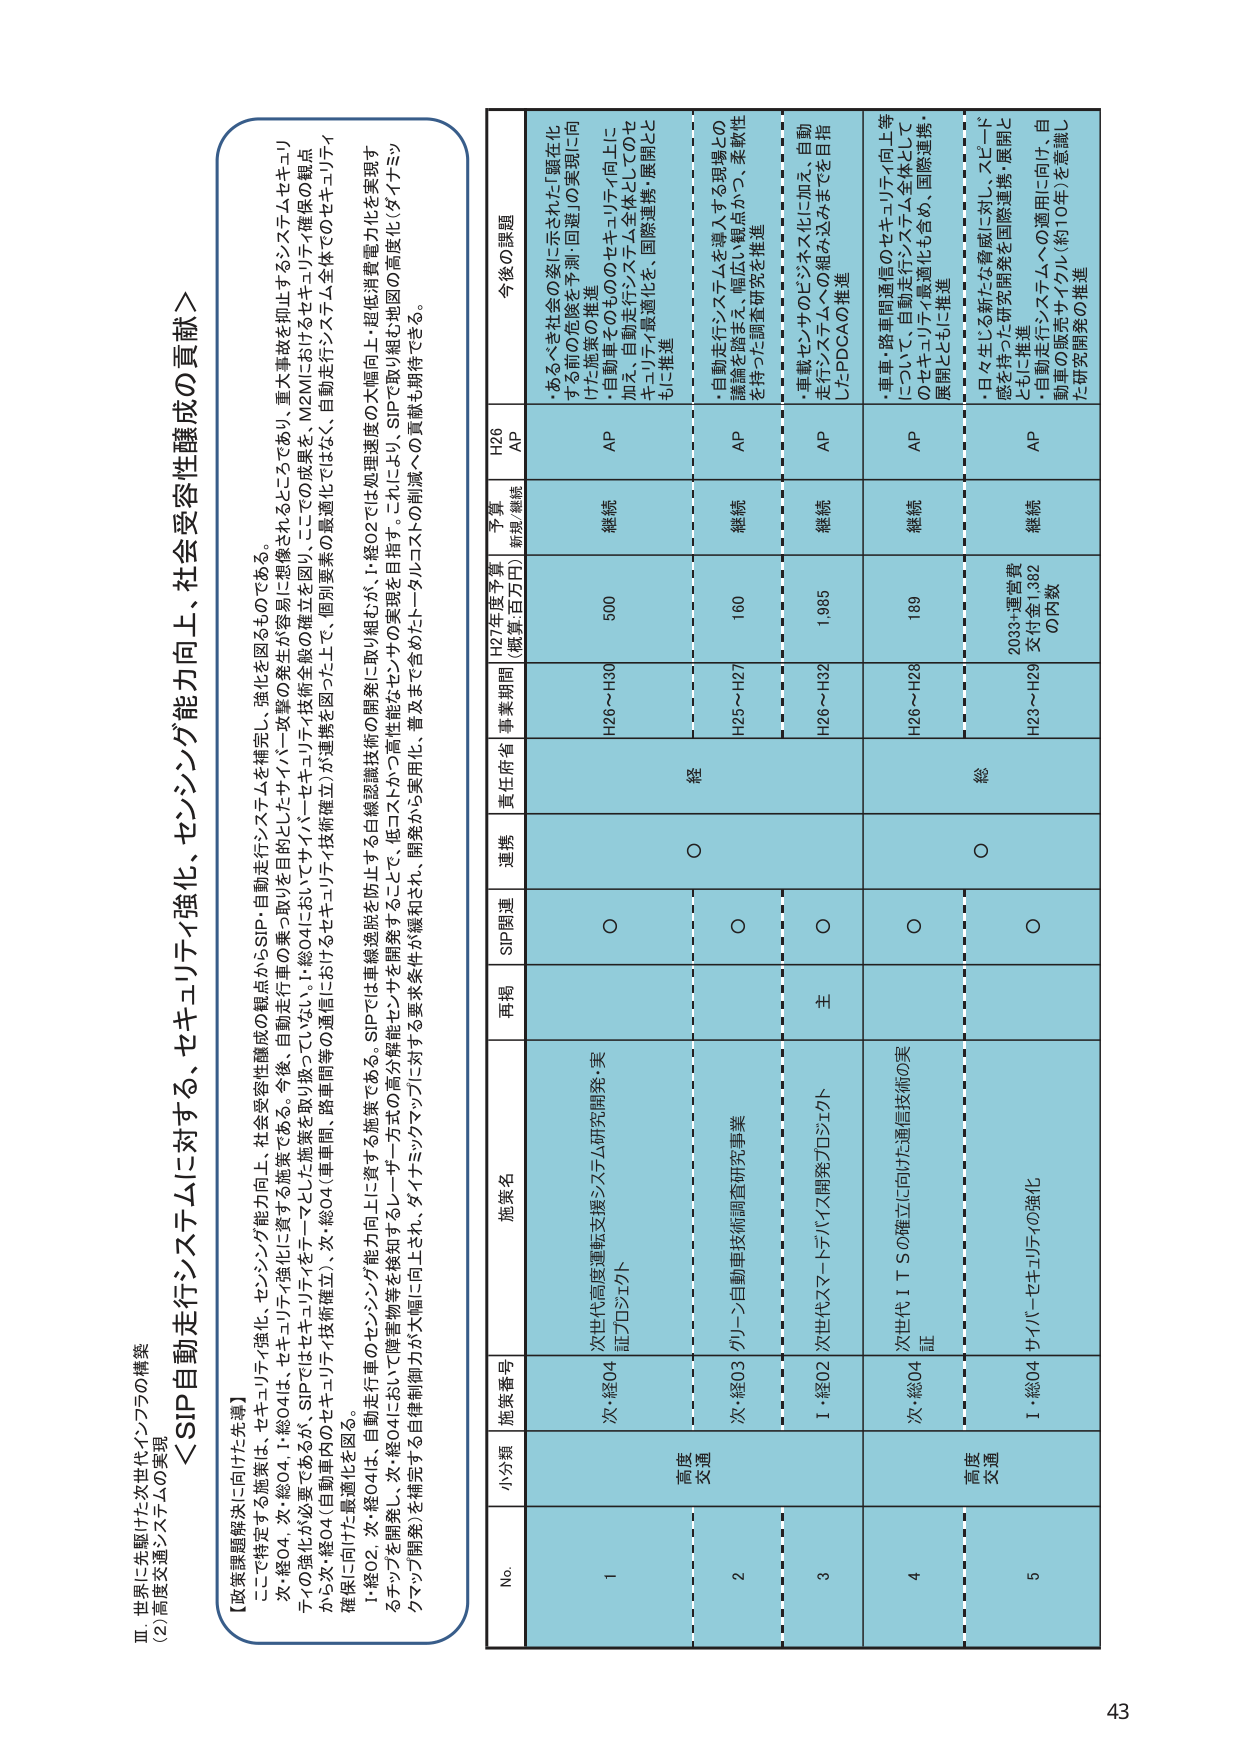
Ⅲ 世界に先駆けた次世代インフラの構築
(2) 高度交通システムの実現

＜SIP自動走行システムに対する、セキュリティ強化、センシング能力向上、社会受容性醸成の貢献＞

【政策課題解決に向けた先導】
ここでは、セキュリティ強化、センシング能力向上、社会受容性醸成の観点からSIP・自動走行システムを補完し、強化を図るものである。
次・総04、次・総04、1・総04は、セキュリティ強化に資する施策である。今後、自動走行車の実現に向けたサイバー攻撃の発生が容易に想像されるところであり、重大事故が抑止するシステムやセキュリティの強化が必要であるが、SIPではセキュリティをテーマとした施策を取り扱っていない。1・総04においてサイバーセキュリティ技術全般の確立を図り、ここでの成果を「N2Mにおけるセキュリティ確保の観点から次・総04（自動車内でのセキュリティ技術確立）、次・総04（車車間、路車間等の通信におけるセキュリティ技術確立）が連携を図った上で、個別要素の最適化ではなく、自動走行システム全体でのセキュリティ確保に向けた最適化を図る。

1・総02、次・総04は、自動走行車のセンシング能力向上に資する施策である。SIPでは車線逸脱を防止する白線認識技術の開発に取り組むが、1・総02では処理速度の大幅向上・超低消費電力化を実現するチップを開発し、次・総04において障害物等を検知するレーザー方式の高分解能センサを開発することで、低コストかつ高性能なセンサの実現を目指す。これにより、SIPで取り組む地図の高度化（ダイナミックマップ開発）を補完する自律制御能力が大幅に向上され、ダイナミックマップに対する要求条件が緩和され、開発から実用化、普及までを含めたトータルコロスへの貢献も期待できる。

No. 小分類 施策番号 施策名 再掲 SIP関連 連携 責任府省 事業期間 H27年度予算 (概算・百万円) 予算 新規/継続 H26 AP 今後の課題

1 高度交通 次・総04 次世代高度運転支援システム研究開発・実証プロジェクト ○ ○ 経 H26～H30 500 継続 AP ・あるべき社会の姿に示された「顕在化する前の危険を予測・回避」の実現に向けた施策の推進
・自動車・その他のセキュリティ向上に加え、自動走行システム全体としてのセキュリティ最適化を、国際連携・展開とともに推進

2 次・総03 グリーン自動車技術調査研究事業 ○ ○ H25～H27 160 継続 AP ・自動走行システムを導入する現場との議論を踏まえ、幅広い観点から、柔軟性を持った調査研究を推進

3 1・総02 次世代スマートデバイス開発プロジェクト 主 ○ ○ H26～H32 1,985 継続 AP ・車載センサやOLEジネス化に加え、自動走行システムへの組み込みまでを目指したPDCAの推進

4 次・総04 次世代ＩＴＳの確立に向けた通信技術の実証 ○ ○ 総 H26～H28 189 継続 AP ・車車・路車間通信のセキュリティ向上等について、自動走行システム全体としてのセキュリティ最適化も含め、国際連携・展開とともに推進

5 高度交通 1・総04 サイバーセキュリティの強化 ○ ○ H23～H29 2033*運営費 支付金1,392 の内数 継続 AP ・日々生じる新たな脅威に対し、スピード感を持った研究開発を国際連携・展開とともに推進
・自動走行システムへの適用に向け、自動車の販売サイクル（約10年）を意識した研究開発の推進

43